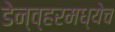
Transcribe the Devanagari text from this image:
डेन्व्हरमध्येच